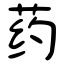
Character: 药